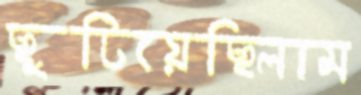
ছুটিয়েছিলাম